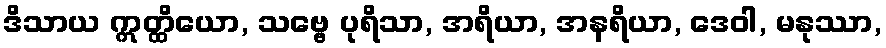
ဒိသာယ ဣတ္ထိယော, သဗ္ဗေ ပုရိသာ, အရိယာ, အနရိယာ, ဒေဝါ, မနုဿာ,